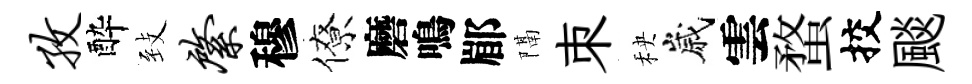
孜酔𦤺綮穆僚磨鳴郿隔朿秧嵗雲蝥挍颷